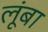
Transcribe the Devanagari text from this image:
लूंबा